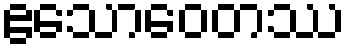
ဧသောဝေတဿ